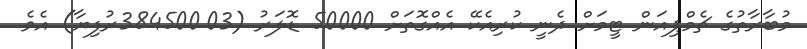
މުބާރާތުގެ ޗެމްޕިއަން ޓީމަށް ދެނީ ކުރިއެކޭ އެއްގޮތަށް 50000 ޑޮލަރު (384500.03ރުފިޔާ) އެވެ.